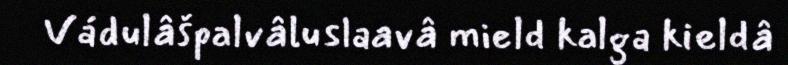
Vádulâšpalvâluslaavâ mield kalga kieldâ